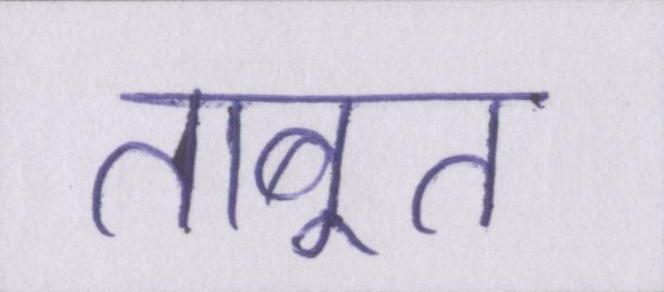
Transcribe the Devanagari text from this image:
ताबूत